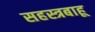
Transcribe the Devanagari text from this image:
सहस्त्रबाहू